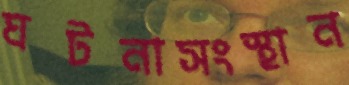
ঘটনাসংস্থান